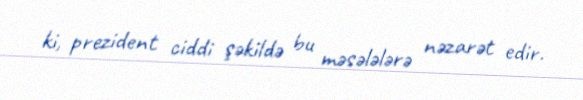
ki, prezident ciddi şəkildə bu məsələlərə nəzarət edir.